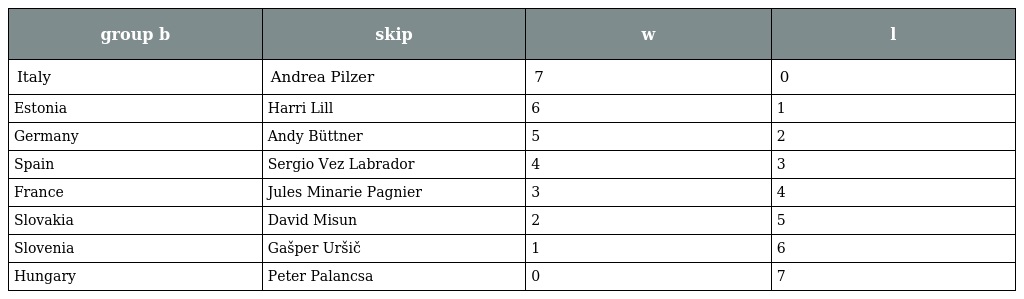
| group b | skip | w | l |
 | --- | --- | --- | --- |
 | Italy | Andrea Pilzer | 7 | 0 |
 | Estonia | Harri Lill | 6 | 1 |
 | Germany | Andy Büttner | 5 | 2 |
 | Spain | Sergio Vez Labrador | 4 | 3 |
 | France | Jules Minarie Pagnier | 3 | 4 |
 | Slovakia | David Misun | 2 | 5 |
 | Slovenia | Gašper Uršič | 1 | 6 |
 | Hungary | Peter Palancsa | 0 | 7 |